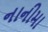
નાનીમા